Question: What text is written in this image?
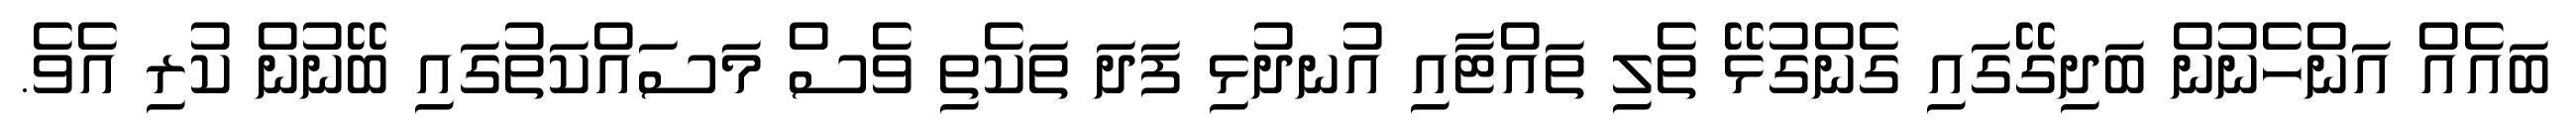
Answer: ބައެއް އަންހެނުން ބަދިގޭގައި ގެންގުޅޭ ތެލި ތައްޓާއި އުނދުޅި ފަދަ ތަކެތި ވެސް މަސައްކަތުގައި ބޭނުން ކުރި އެވެ.